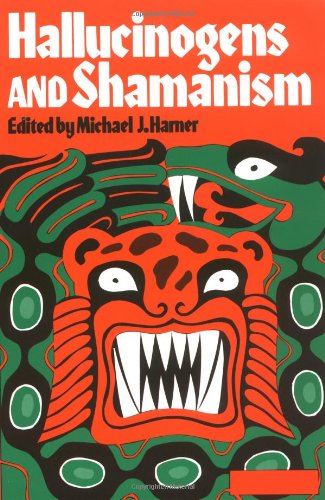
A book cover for Hallucinogens and Shamanism (Galaxy Books); Religion & Spirituality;